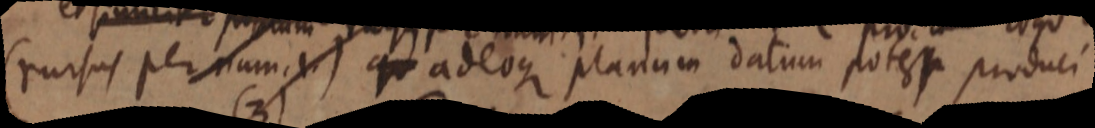
(rursus per nam. 1.) qu adeoque planum datum potest produci